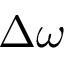
\Delta \omega